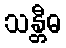
သန္တီဓ